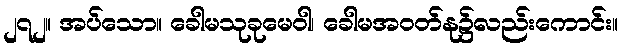
၂၇၂။ အပ်သော။ ခေါမသုခုမေဝါ၊ ခေါမအဝတ်နု၌လည်းကောင်း။